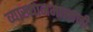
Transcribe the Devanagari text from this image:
व्याख्यानमालांनी